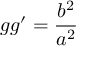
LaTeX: g g ^ { \prime } = { \frac { b ^ { 2 } } { a ^ { 2 } } }